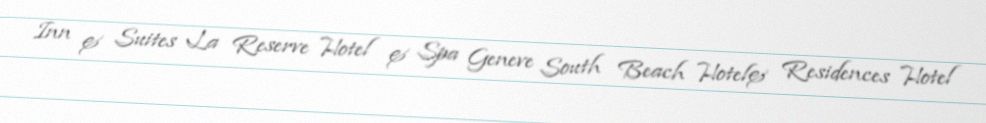
Inn & Suites La Reserve Hotel & Spa Geneve South Beach Hotel& Residences Hotel